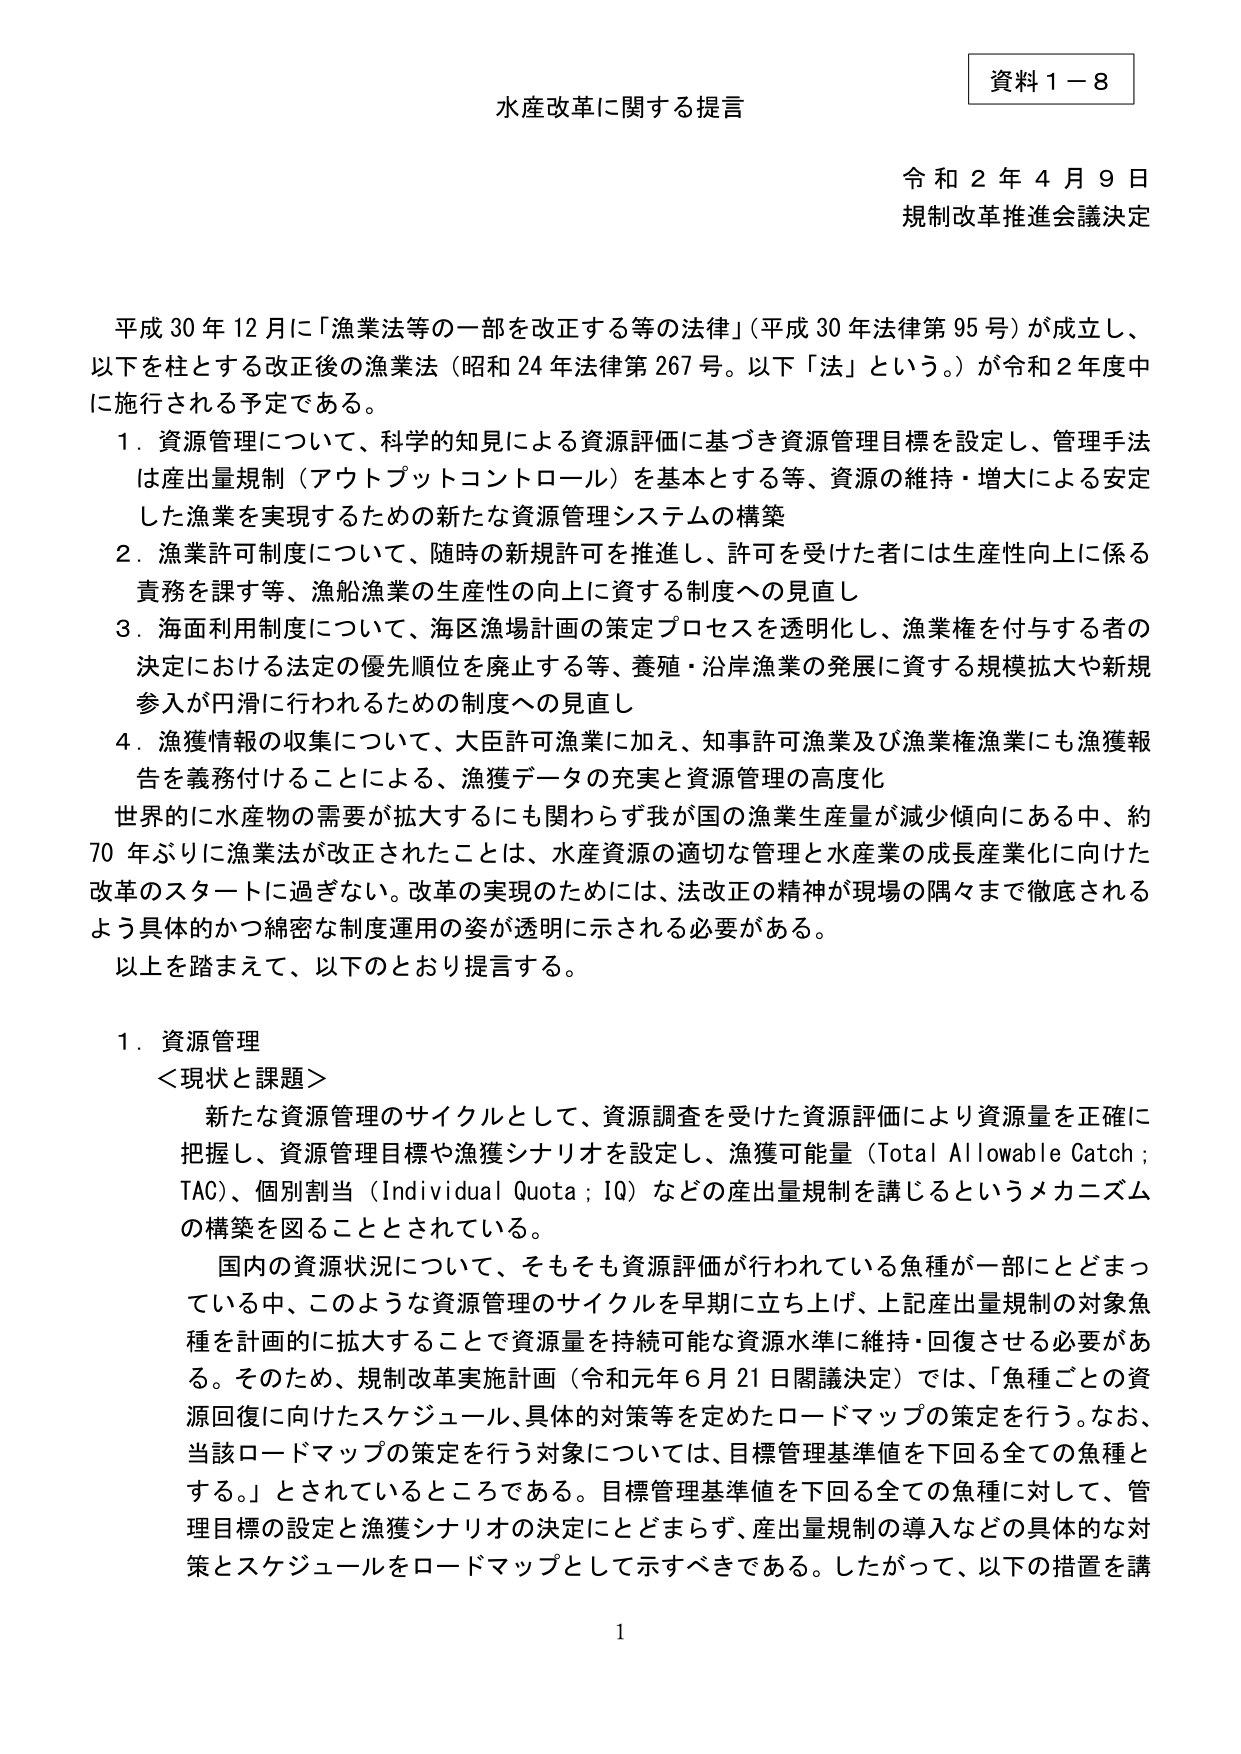
資料１－８
水産改革に関する提言
令和２年４月９日
規制改革推進会議決定

平成30年12月に「漁業法等の一部を改正する等の法律」（平成30年法律第95号）が成立し、
以下を柱とする改正後の漁業法（昭和24年法律第267号。以下「法」という。）が令和2年度中に施行される予定である。

1．資源管理について、科学的知見による資源評価に基づき資源管理目標を設定し、管理手法は産出量規制（アウトプットコントロール）を基本とする等、資源の維持・増大による安定した漁業を実現するための新たな資源管理システムの構築

2．漁業許可制度について、随時の新規許可を推進し、許可を受けた者には生産性向上に係る責務を課す等、漁船漁業の生産性の向上に資する制度への見直し

3．海面利用制度について、海区漁場計画の策定プロセスを透明化し、漁業権を付与する者の決定における法定の優先順位を廃止する等、養殖・沿岸漁業の発展に資する規模拡大や新規参入が円滑に行われるための制度への見直し

4．漁獲情報の収集について、大臣許可漁業に加え、知事許可漁業及び漁業権漁業にも漁獲報告を義務付けることによる、漁獲データの充実と資源管理の高度化

世界的に水産物の需要が拡大するにも関わらず我が国の漁業生産量が減少傾向にある中、約70年ぶりに漁業法が改正されたことは、水産資源の適切な管理と水産業の成長産業化に向けた改革のスタートに過ぎない。改革の実現のためには、法改正の精神が現場の隅々まで徹底されるよう具体的かつ綿密な制度運用の姿が透明に示される必要がある。

以上を踏まえて、以下のとおり提言する。

1．資源管理
＜現状と課題＞
新たな資源管理のサイクルとして、資源調査を受けた資源評価により資源量を正確に把握し、資源管理目標や漁獲シナリオを設定し、漁獲可能量（Total Allowable Catch; TAC）、個別割当（Individual Quota; IQ）などの産出量規制を講じるというメカニズムの構築を図ることとされている。

国内の資源状況について、そもそも資源評価が行われている魚種が一部にとどまっている中、このような資源管理のサイクルを早期に立ち上げ、上記産出量規制の対象魚種を計画的に拡大することで資源量を持続可能な資源水準に維持・回復させる必要がある。そのため、規制改革実施計画（令和元年6月21日閣議決定）では、「魚種ごとの資源回復に向けたスケジュール、具体的対策等を定めたロードマップの策定を行う。なお、当該ロードマップの策定を行う対象については、目標管理基準値を下回る全ての魚種とする。」とされているところである。目標管理基準値を下回る全ての魚種に対して、管理目標の設定と漁獲シナリオの決定にとどまらず、産出量規制の導入などの具体的な対策とスケジュールをロードマップとして示すべきである。したがって、以下の措置を講

1